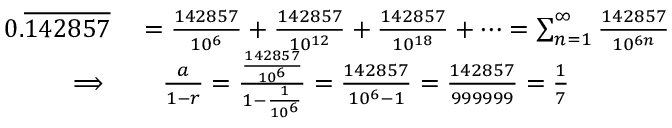
\begin{array} { r l } { 0 . { \overline { { 1 4 2 8 5 7 } } } } & { { } = { \frac { 1 4 2 8 5 7 } { 1 0 ^ { 6 } } } + { \frac { 1 4 2 8 5 7 } { 1 0 ^ { 1 2 } } } + { \frac { 1 4 2 8 5 7 } { 1 0 ^ { 1 8 } } } + \cdots = \sum _ { n = 1 } ^ { \infty } { \frac { 1 4 2 8 5 7 } { 1 0 ^ { 6 n } } } } \\ { \implies } & { { } \quad { \frac { a } { 1 - r } } = { \frac { \frac { 1 4 2 8 5 7 } { 1 0 ^ { 6 } } } { 1 - { \frac { 1 } { 1 0 ^ { 6 } } } } } = { \frac { 1 4 2 8 5 7 } { 1 0 ^ { 6 } - 1 } } = { \frac { 1 4 2 8 5 7 } { 9 9 9 9 9 9 } } = { \frac { 1 } { 7 } } } \end{array}